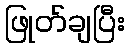
ဖြုတ်ချပြီး